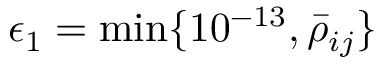
\epsilon _ { 1 } = \operatorname* { m i n } \{ 1 0 ^ { - 1 3 } , \bar { \rho } _ { i j } \}